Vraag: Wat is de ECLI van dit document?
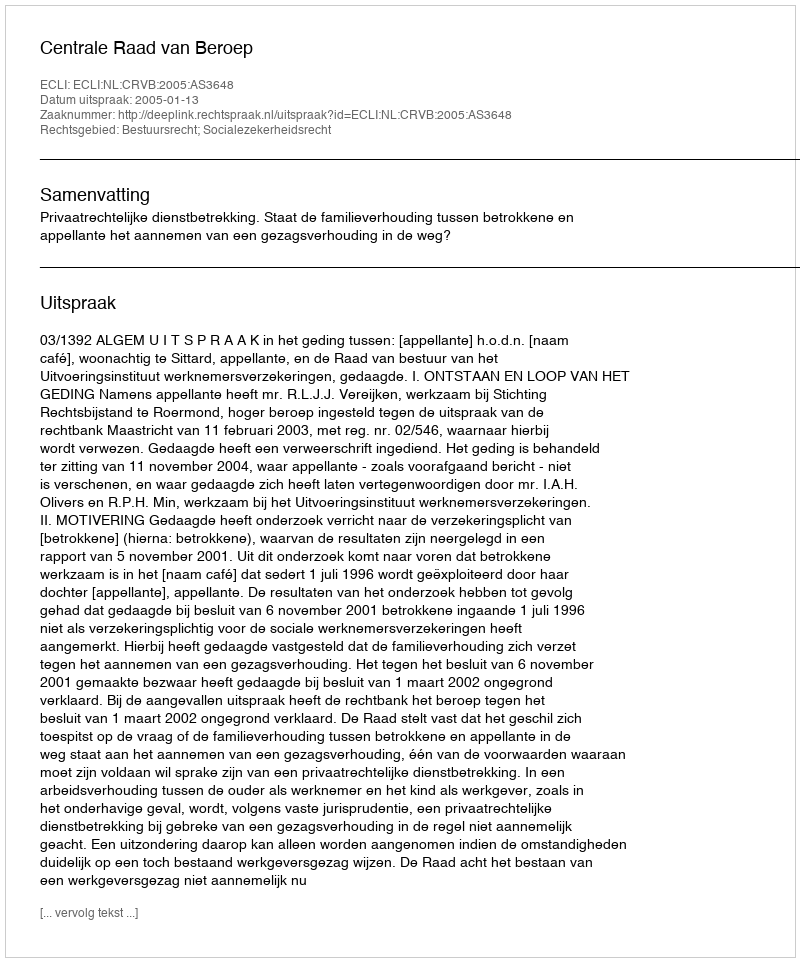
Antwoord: ECLI:NL:CRVB:2005:AS3648